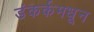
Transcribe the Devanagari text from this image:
डंकर्कमधून